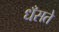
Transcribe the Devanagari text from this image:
धँसते